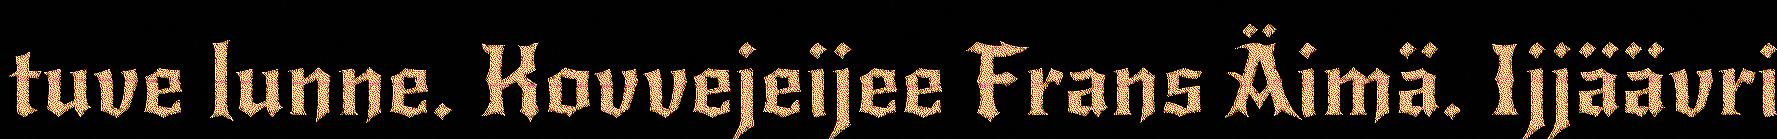
tuve lunne. Kovvejeijee Frans Äimä. Ijjäävri